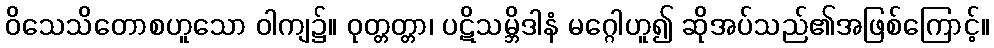
ဝိသေသိတောစဟူသော ဝါကျ၌။ ဝုတ္တတ္တာ၊ ပဋိသမ္ဘိဒါနံ မဂ္ဂေါဟူ၍ ဆိုအပ်သည်၏အဖြစ်ကြောင့်။